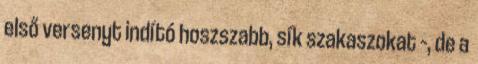
első versenyt indító hoszszabb, sík szakaszokat –, de a